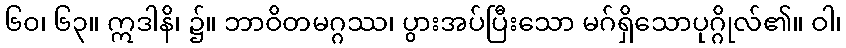
၆၀၊ ၆၃။ ဣဒါနိ၊ ၌။ ဘာဝိတမဂ္ဂဿ၊ ပွားအပ်ပြီးသော မဂ်ရှိသောပုဂ္ဂိုလ်၏။ ဝါ၊